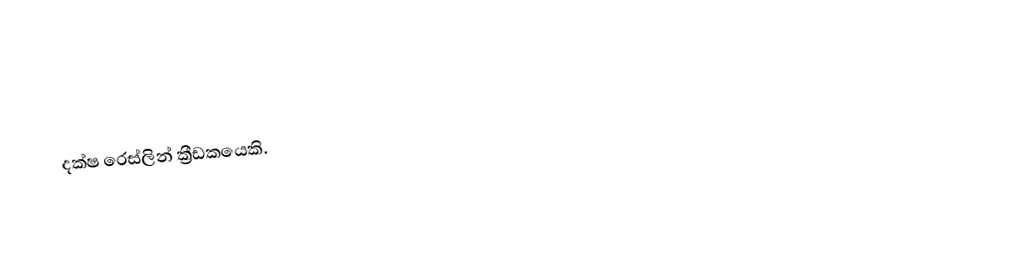
දක්ෂ රෙස්ලින් ක්‍රීඩකයෙකි.